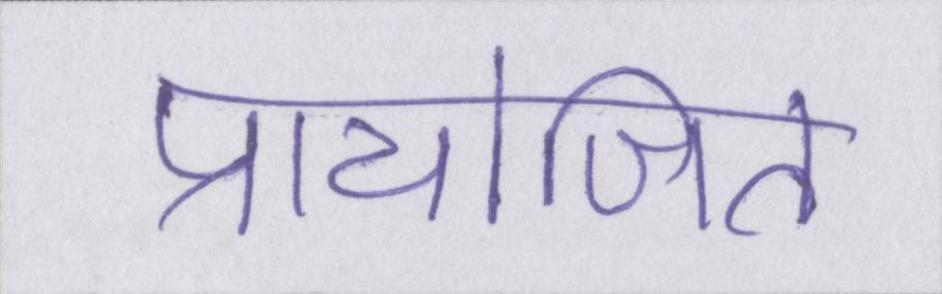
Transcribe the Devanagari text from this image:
प्रायोजित